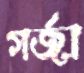
গর্‌জা